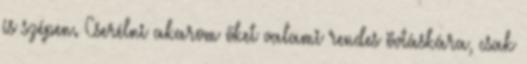
is szépen. Cserélni akarom őket valami rendes övtáskára, csak